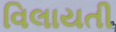
વિલાયતી